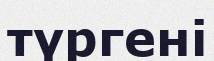
түргені